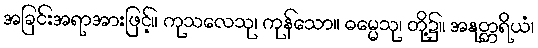
အခြင်းအရာအားဖြင့်။ ကုသလေသု၊ ကုန်သော။ ဓမ္မေသု၊ တို့၌။ အနုတ္တရိယံ၊